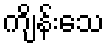
ကျိန်းသေ